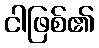
ငါဖြစ်၏